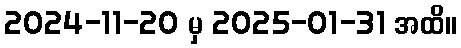
2024-11-20 မှ 2025-01-31 အထိ။